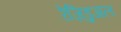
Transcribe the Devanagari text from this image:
रेज़िडुअल